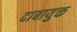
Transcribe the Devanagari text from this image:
दाबायुक्त